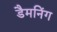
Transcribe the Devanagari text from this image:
डैमनिंग